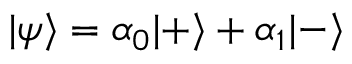
| \psi \rangle = \alpha _ { 0 } | + \rangle + \alpha _ { 1 } | - \rangle